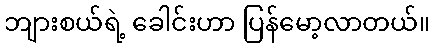
ဘျားစယ်ရဲ့ ခေါင်းဟာ ပြန်မော့လာတယ်။